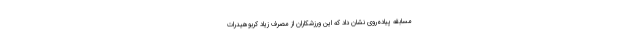
مسابقه پیاده‌روی نشان داد که این ورزشکاران از مصرف زیاد کربوهیدرات